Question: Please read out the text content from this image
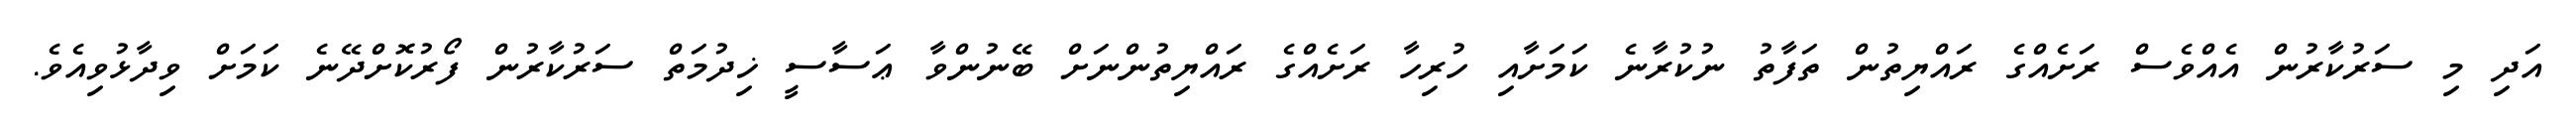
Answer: އަދި މި ސަރުކާރުން އެއްވެސް ރަށެއްގެ ރައްޔިތުން ތަފާތު ނުކުރާނެ ކަމަށާއި ހުރިހާ ރަށެއްގެ ރައްޔިތުންނަށް ބޭނުންވާ ޢަސާސީ ޚިދުމަތް ސަރުކާރުން ފޯރުކޮށްދޭނެ ކަމަށް ވިދާޅުވިއެވެ.